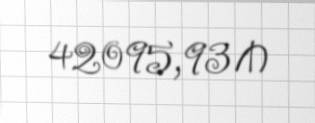
42095,93 ₼